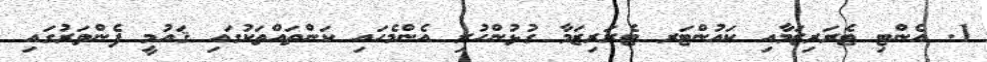
1. އެންޓި ޓެރަރިޒަމާއި ކައުންޓަރ ޓެރަރިޒަމާ ގުޅުންހުރި އެންމެހައި ކަންތައްތަކުގައި ޤައުމީ ފެންވަރުގައި